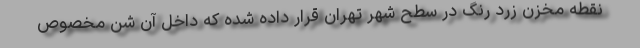
نقطه مخزن زرد رنگ در سطح شهر تهران قرار داده شده که داخل آن شن مخصوص